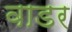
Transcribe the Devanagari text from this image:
वाडर